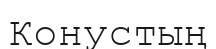
Конустың